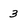
Character: 3